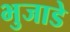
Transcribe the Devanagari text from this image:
भुजाडे